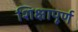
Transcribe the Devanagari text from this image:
शिक्षापूर्ण